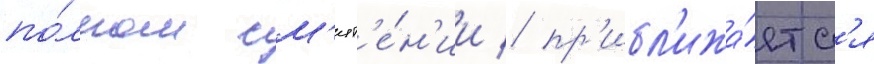
по́лном см'ят'е́н'ии / пр'ибл'ижа́етс'я